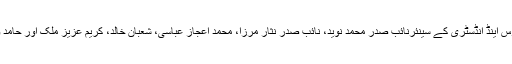
اسلام آباد چیمبر آف کامرس اینڈ انڈسٹری کے سینئرنائب صدر محمد نوید، نائب صدر نثار مرزا، محمد اعجاز عباسی، شعبان خالد، کریم عزیز ملک اور حامد وحید وفد میں شامل تھے۔